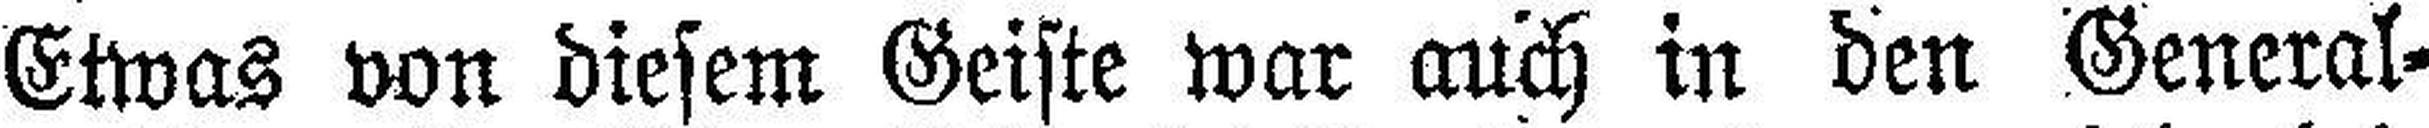
Etwas von diesem Geiste war auch in den General¬